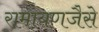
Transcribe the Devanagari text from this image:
रामायणजैसे